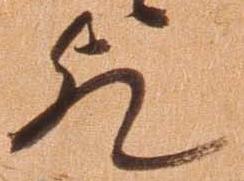
歟